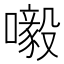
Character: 𡃀